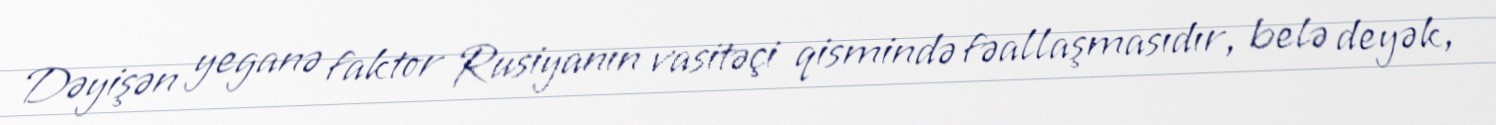
Dəyişən yeganə faktor Rusiyanın vasitəçi qismində fəallaşmasıdır, belə deyək,